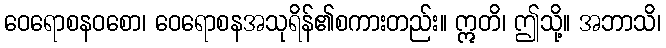
ဝေရောစနဝစော၊ ဝေရောစနအသုရိန်၏စကားတည်း။ ဣတိ၊ ဤသို့။ အဘာသိ၊